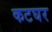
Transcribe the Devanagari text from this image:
कटघर